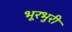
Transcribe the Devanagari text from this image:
भूरभुरी